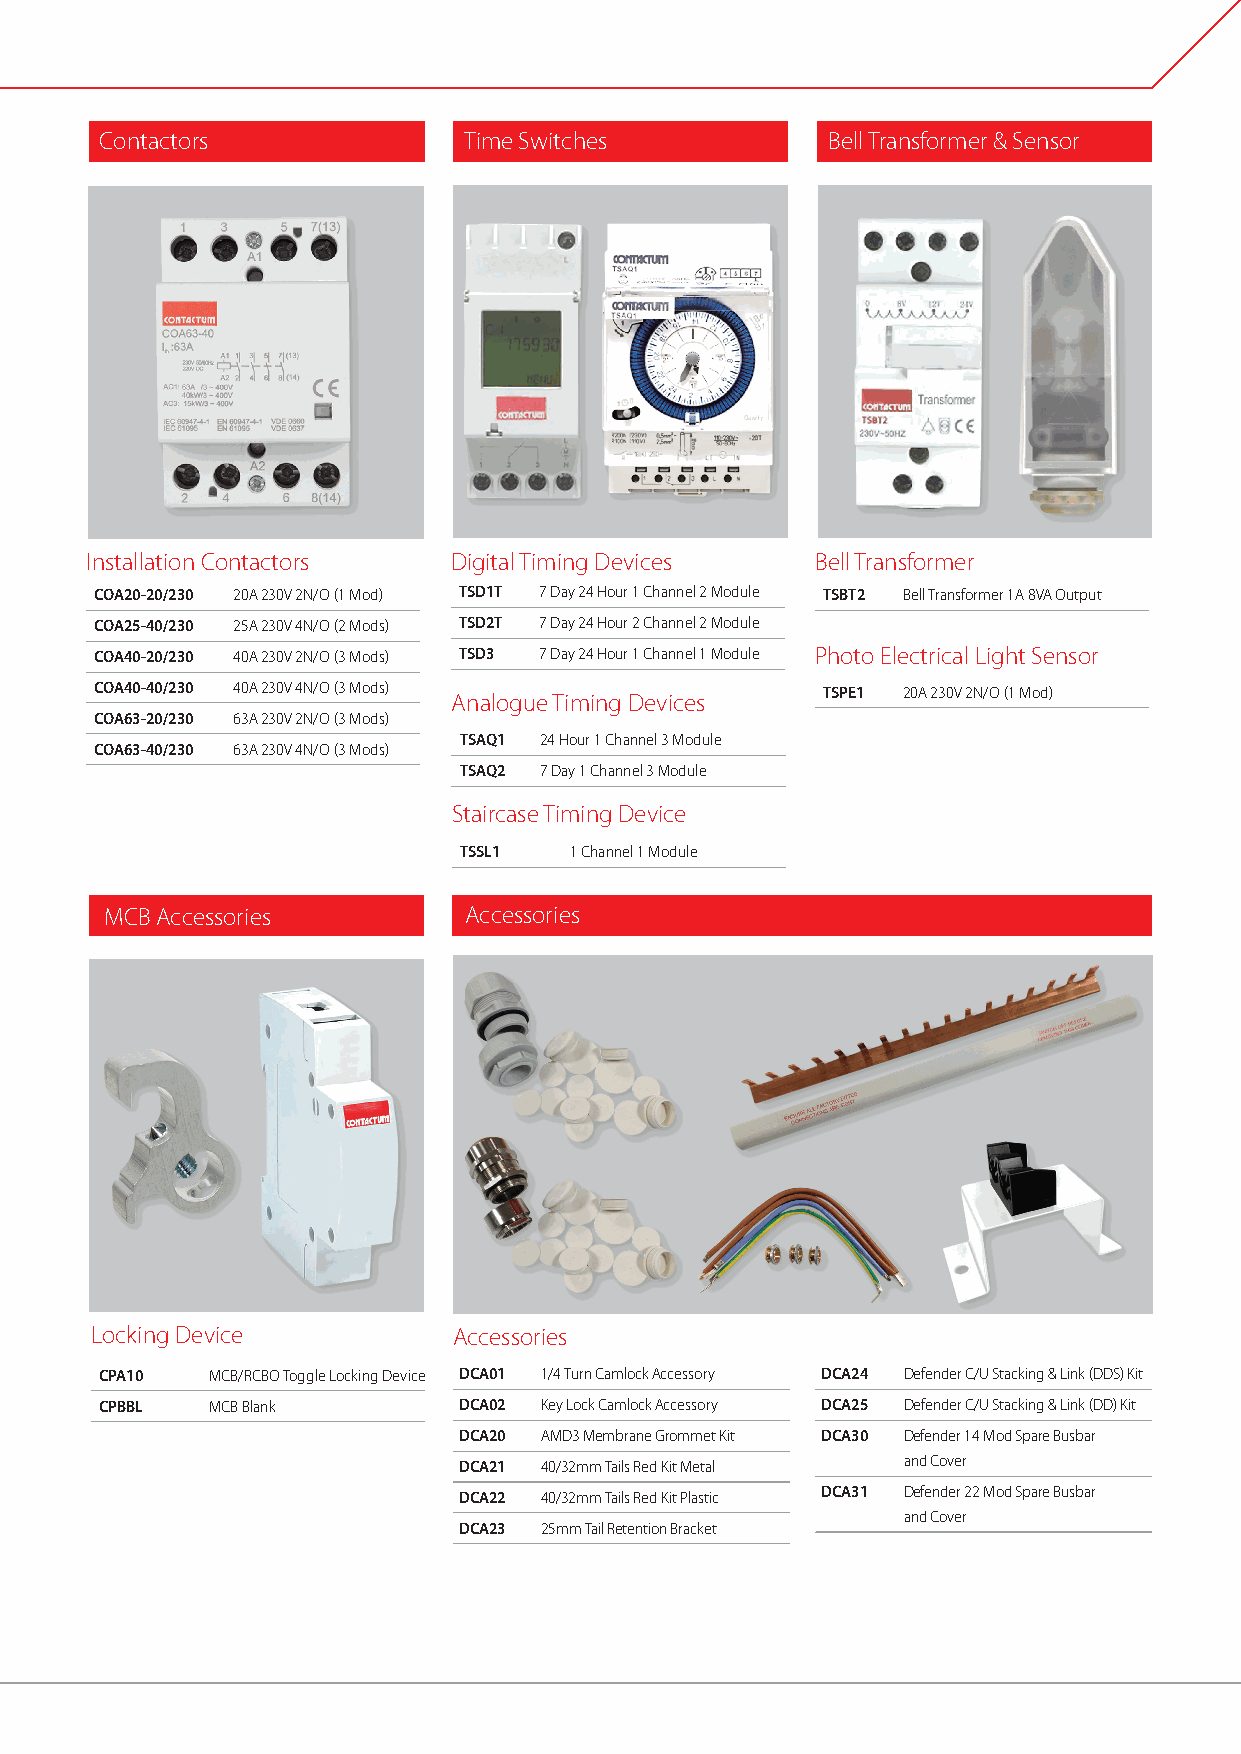
Contactors              Time Switches           Bell Transformer & Sensor
 Installation Contactors Digital Timing Devices  Bell Transformer
 COA20-20/230 20A 230V 2N/O (1 Mod) TSD1T 7 Day 24 Hour 1 Channel 2 Module TSBT2 Bell Transformer 1A 8VA Output
 COA25-40/230 25A 230V 4N/O (2 Mods) TSD2T 7 Day 24 Hour 2 Channel 2 Module
 COA40-20/230 40A 230V 2N/O (3 Mods) TSD3 7 Day 24 Hour 1 Channel 1 Module Photo Electrical Light Sensor
 COA40-40/230 40A 230V 4N/O (3 Mods)             TSPE1 20A 230V 2N/O (1 Mod)
 Analogue Timing Devices
 COA63-20/230 63A 230V 2N/O (3 Mods)
 TSAQ1 24 Hour 1 Channel 3 Module
 COA63-40/230 63A 230V 4N/O (3 Mods)
 TSAQ2 7 Day 1 Channel 3 Module
 Staircase Timing Device
 TSSL1   1 Channel 1 Module
 MCB Accessories         Accessories
 Locking Device          Accessories
 CPA10  MCB/RCBO Toggle Locking Device DCA01 1/4 Turn Camlock Accessory DCA24 Defender C/U Stacking & Link (DDS) Kit
 CPBBL  MCB Blank       DCA02 Key Lock Camlock Accessory DCA25 Defender C/U Stacking & Link (DD) Kit
 DCA20 AMD3 Membrane Grommet Kit DCA30 Defender 14 Mod Spare Busbar
 DCA21 40/32mm Tails Red Kit Metal and Cover
 DCA22 40/32mm Tails Red Kit Plastic DCA31 Defender 22 Mod Spare Busbar
 and Cover
 DCA23 25mm Tail Retention Bracket